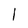
Character: l